Vaccination in Bombay 1874-1876 - 1874-1876
Year: 1874
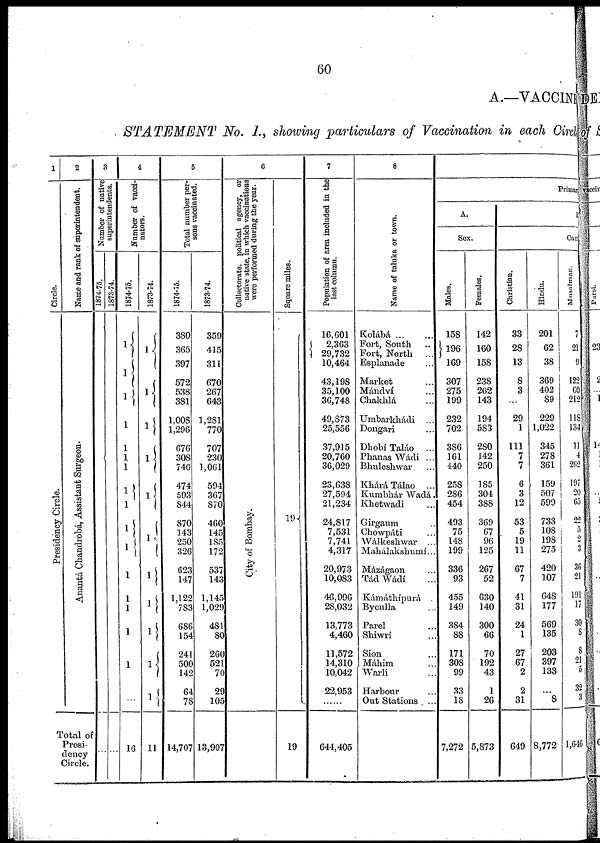
60
A.—VACCIN
STATEMENT No. 1, showing particulars of Vaccination in each Circle
1
Circle.
Presidency Circle.
2
Name and rank of superintendent.
Anantá Chandrobá, Assistant Surgeon.
Total of
Presi-
dency
Circle.
3
Number of native
superintendents.
1874-75.
...
1873-74.
...
4
Number of vacci-
nators.
1874-75.
1
1
1
1
1
1
1
l
1
1
1
1
1
1
1
1
...
16
1873-74.
1
1
1
1
1
1
1
1
1
1
1
11
5
Total number per-
sons vaccinated.
1874-75.
380
365
397
572
538
381
1,008
1,296
676
308
746
474
593
844
870
143
250
326
623
147
1,122
783
686
154
241
500
142
64
78
14,707
1873-74.
359
415
311
670
267
643
1,281
770
707
230
1,061
594
367
870
460
145
185
172
537
143
1,145
1,029
481
80
260
521
70
29
105
13,907
6
Collectorate, political agency, or
native state, in which vaccinations
were performed during the year.
City of Bombay.
Square miles.
19
7
Population of area included in the
last column.
16,601
2,363
29,732
10,464
43,198
35,100
36,748
49,873
25,556
37,915
20,760
36,029
23,638
27,594
21,234
24,817
7,531
7,741
4,317
20,973
10,083
46,996
28,032
13,773
4,460
11,572
14,310
10,042
22,953
...
644,405
8
Name of taluka or town.
Kolábá ... ...
Fort, South ..
Fort, North ...
Esplanade ...
Market ...
Mándvá ...
Chakhlá ...
Umbarkhádi ...
Dongari
Dhobí Taláo ...
Phanas Wádi ...
Bhuleshwar ...
Khárá Tálao ...
Kumbhár Wadá.
Khetwadi ...
Girgaum ...
Chowpáti ...
Wálkeshwar ...
Mahálakshumí...
Mázágaon ...
Tád Wádí ...
Kámáthípurá ...
Byculla ...
Parel ...
Shiwrí ...
Sion ...
Máhim ...
Warli ...
Harbour ...
Out Stations . ...
Primary
A.
Sex.
Males.
158
196
169
307
275
199
232
702
386
161
440
258
286
454
493
75
148
199
336
93
455
149
384
88
171
308
99
33
18
7,272
Females.
142
160
158
238
262
143
194
583
280
142
250
185
304
388
369
67
96
125
267
52
630
140
300
66
70
192
43
1
26
5,873
B
Caste.
Christian.
33
28
13
8
3
...
29
1
111
7
7
6
3
12
53
5
19
11
67
7
41
31
24
1
27
67
2
2
31
649
Hindu.
201
62
38
369
402
89
229
1,022
345
278
361
159
507
599
733
108
198
275
420
107
648
177
569
135
203
397
133
...
8
8,772
Musalman.
7
21
9
122
60
212
118
134
11
4
262
197
20
65
22
5
2
3
36
21
191
17
30
8
8
21
5
32
3
1,646